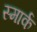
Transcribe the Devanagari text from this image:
स्मार्क